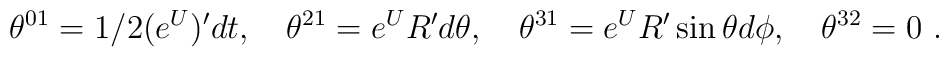
\theta^{01} =1/2 (e^{U})' dt, \quad \theta^{21} = e^U R' d\theta,\quad\theta^{31} = e^U R'\sin\theta d\phi, \quad \theta^{32} = 0\ .